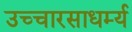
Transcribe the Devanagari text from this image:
उच्चारसाधर्म्य